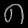
Digit: ၈